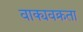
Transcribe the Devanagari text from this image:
वाक्यवक्रता